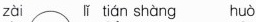
zài lǐ tián shàng huò